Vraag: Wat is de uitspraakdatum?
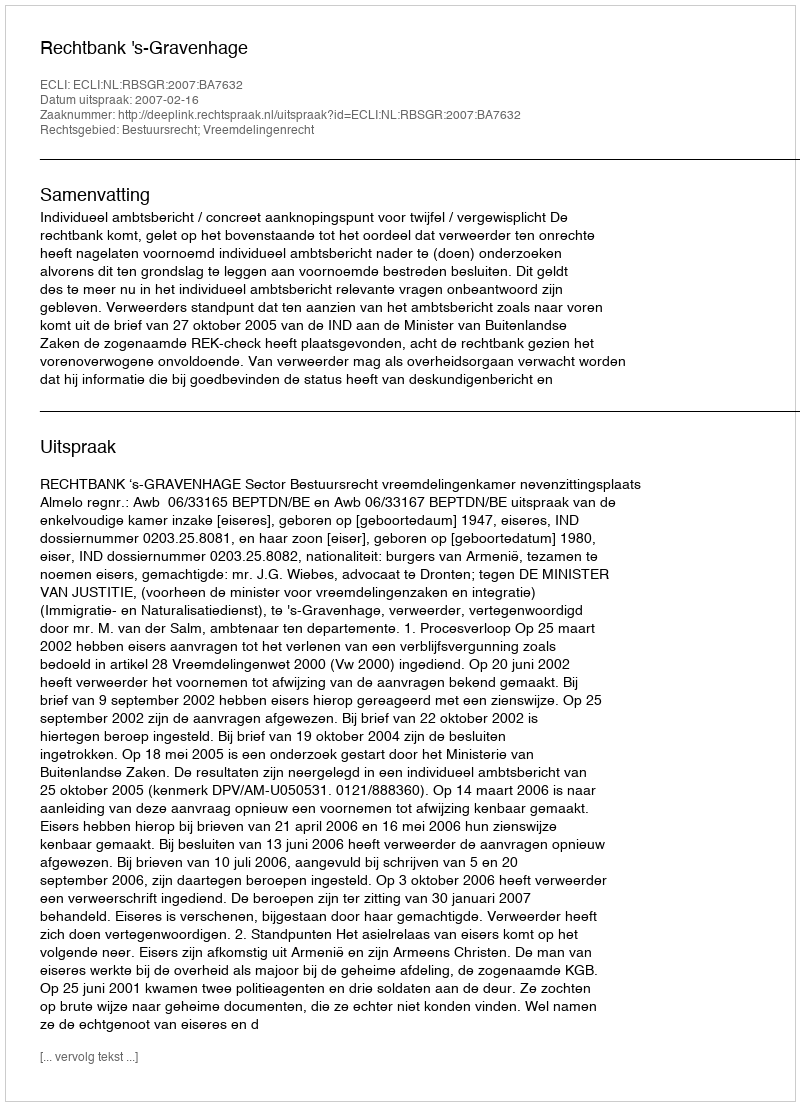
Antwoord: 2007-02-16